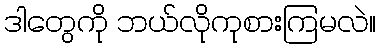
ဒါတွေကို ဘယ်လိုကုစားကြမလဲ။